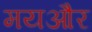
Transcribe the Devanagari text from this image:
मयऔर